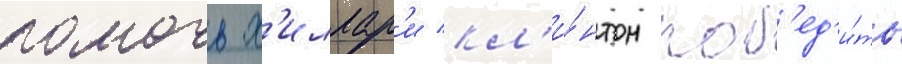
помочь х'иллар'и кл'и́нтон поб'ед'и́ть